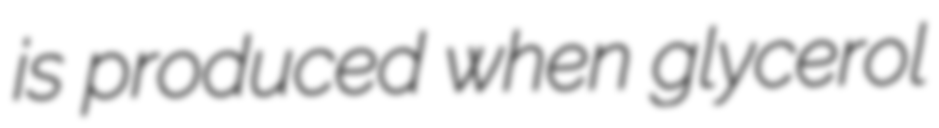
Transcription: is produced when glycerol